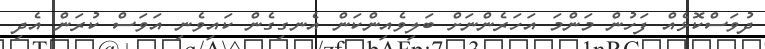
ދުވަސްކޮޅެއް ފަހުން މަންމަ އަހަރެންނަށް ބަލިވެއިންކަން އެނގިގެން ކައިވެނި އަވަސް ކުރަން އެދި